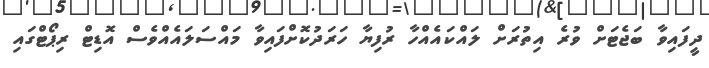
ދީފައިވާ ބަޖެޓަށް ވުރެ އިތުރަށް ލައްކައެއްހާ ރުފިޔާ ހަރަދުކޮށްފައިވާ މައްސަލައެއްވެސް އޮޑިޓް ރިޕޯޓްގައި